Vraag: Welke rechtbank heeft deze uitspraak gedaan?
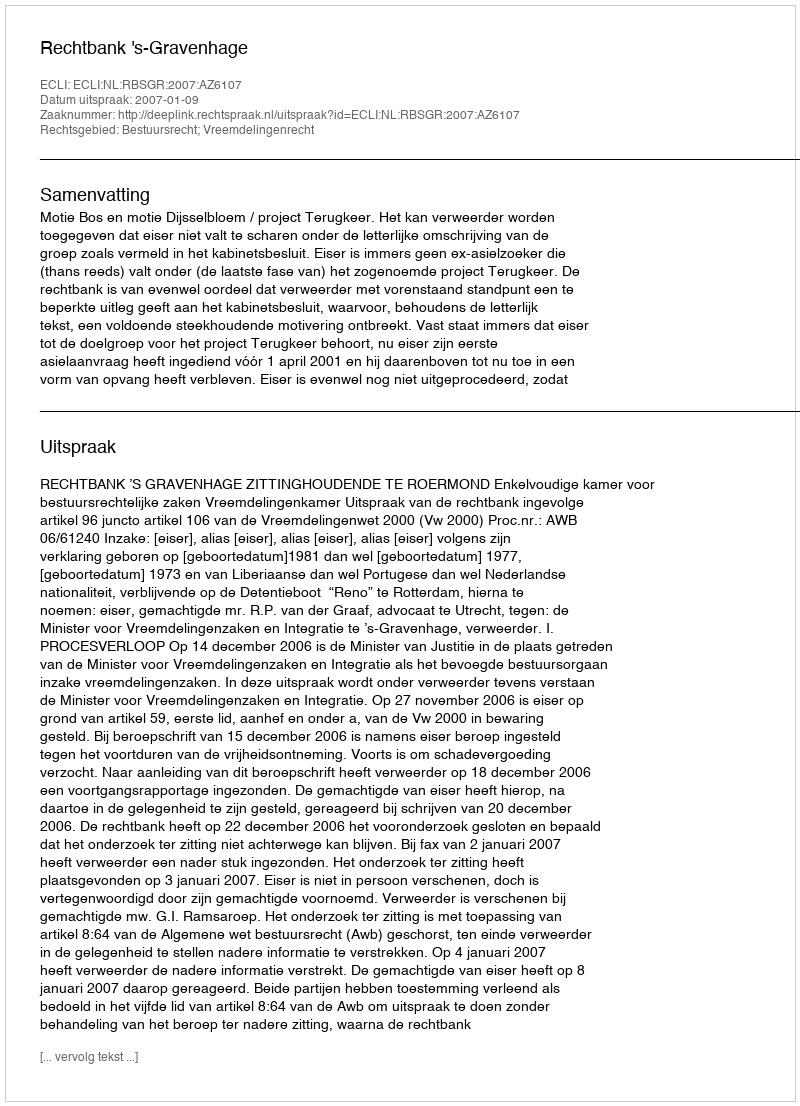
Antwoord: Rechtbank 's-Gravenhage